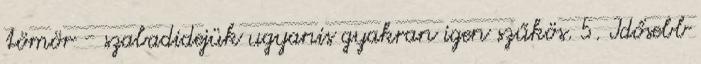
tömör - szabadidejük ugyanis gyakran igen szűkös. 5. Idősebb